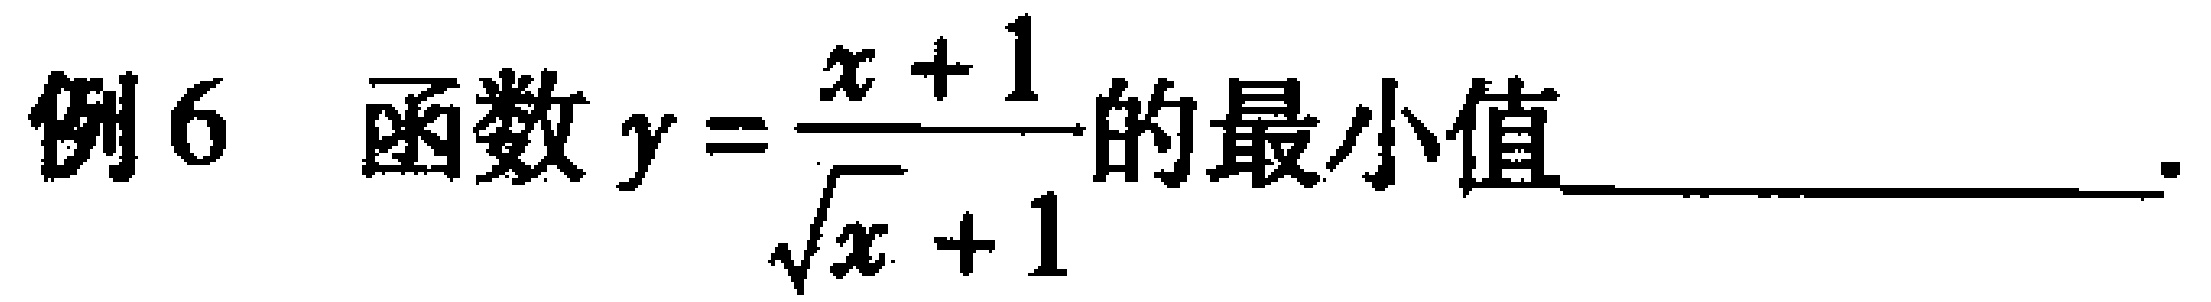
例6 函数$y = \dfrac{x + 1}{\sqrt{x}+1}$的最小值______________.